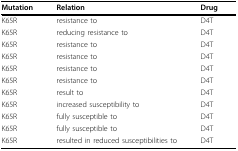
<table><thead><tr><td><b>Mutation</b></td><td><b>Relation</b></td><td><b>Drug</b></td></tr></thead><tbody><tr><td>K65R</td><td>resistance to</td><td>D4T</td></tr><tr><td>K65R</td><td>reducing resistance to</td><td>D4T</td></tr><tr><td>K65R</td><td>resistance to</td><td>D4T</td></tr><tr><td>K65R</td><td>resistance to</td><td>D4T</td></tr><tr><td>K65R</td><td>resistance to</td><td>D4T</td></tr><tr><td>K65R</td><td>resistance to</td><td>D4T</td></tr><tr><td>K65R</td><td>result to</td><td>D4T</td></tr><tr><td>K65R</td><td>increased susceptibility to</td><td>D4T</td></tr><tr><td>K65R</td><td>fully susceptible to</td><td>D4T</td></tr><tr><td>K65R</td><td>fully susceptible to</td><td>D4T</td></tr><tr><td>K65R</td><td>resulted in reduced susceptibilities to</td><td>D4T</td></tr></tbody></table>